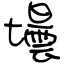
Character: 壜